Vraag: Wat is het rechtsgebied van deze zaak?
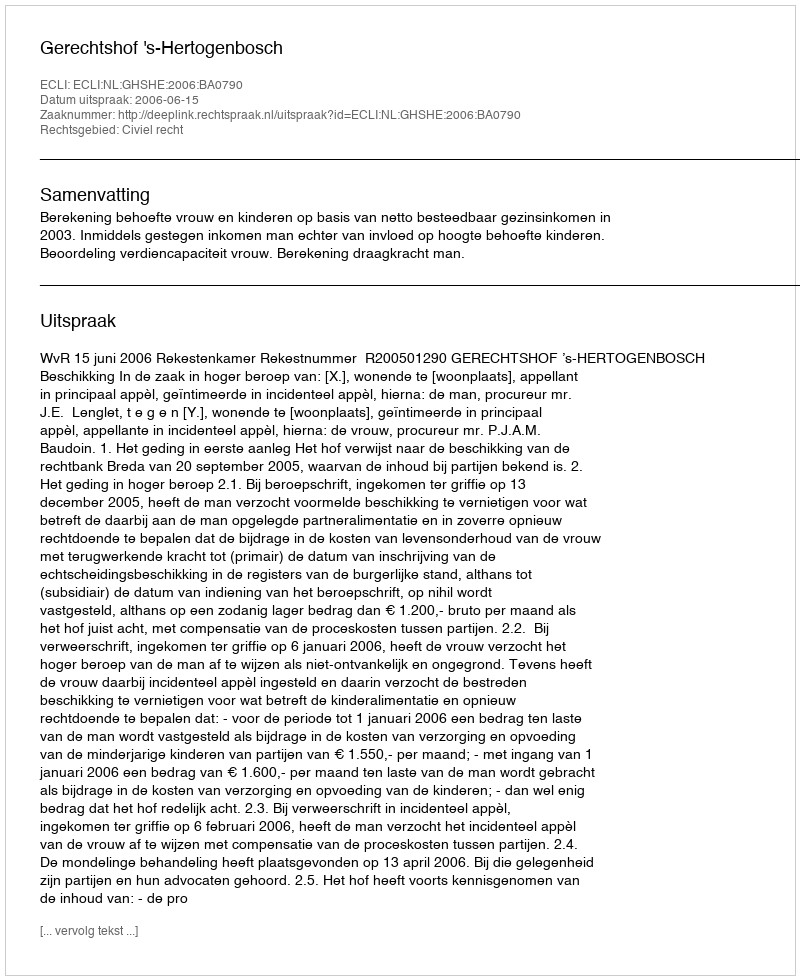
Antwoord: Civiel recht